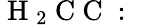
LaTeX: \mathrm{~H~}_{2}\mathrm{~C~C~:~}